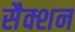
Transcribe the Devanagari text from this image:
सैक्शन